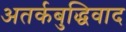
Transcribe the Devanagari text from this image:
अतर्कबुद्धिवाद